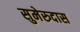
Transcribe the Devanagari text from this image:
सुमेरुदास